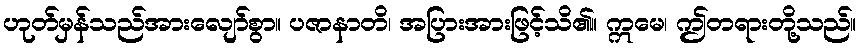
ဟုတ်မှန်သည်အားလျော်စွာ။ ပဇာနာတိ၊ အပြားအားဖြင့်သိ၏။ ဣမေ၊ ဤတရားတို့သည်။